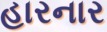
હારનાર